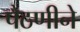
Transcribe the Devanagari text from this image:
पैठणीने